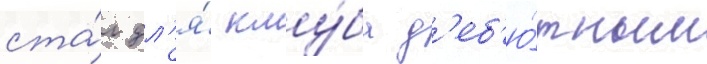
ста́л дл'я́ клу́ба д'еб'ю́тным